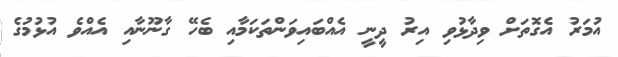
އުމަރު އެގޮތަށް ވިދާޅުވި އިރު ދީނީ އެއްބައިވަންތަކަމާއި ބެހޭ ގާނޫނާއި އެއްވެ އުޅުމުގެ